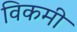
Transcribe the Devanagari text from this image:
विकमी